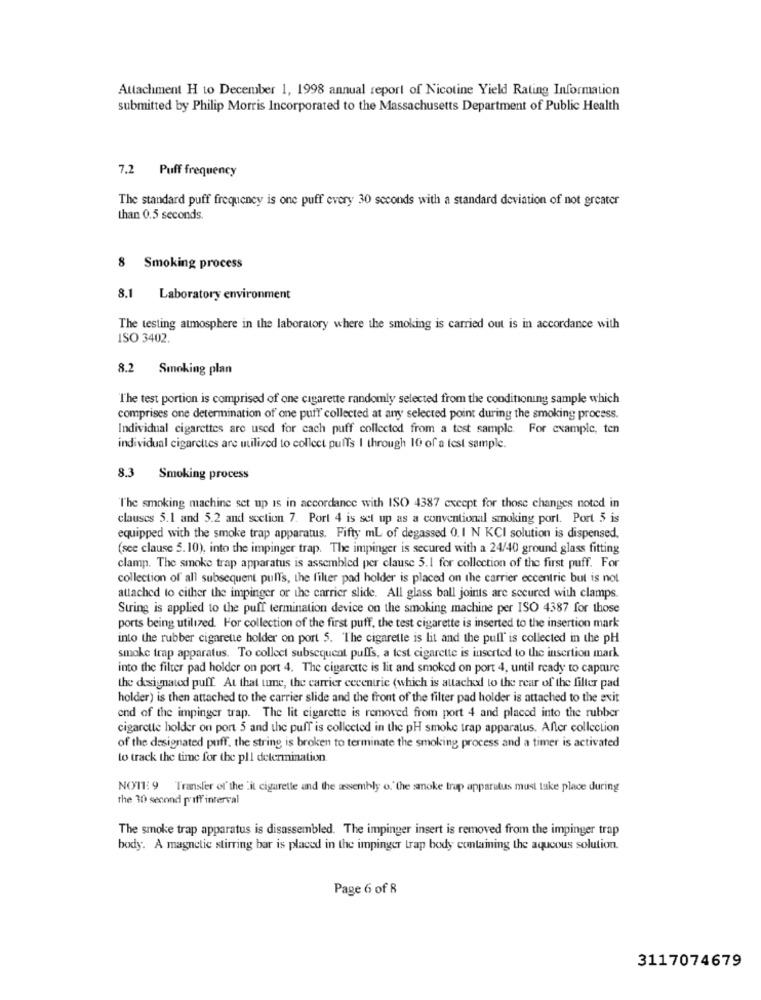
Attachment H to December 1, 1998 annual report of Nicotine Yield Rating Information
submitted by Philip Morris Incorporated to the Massachusetts Department of Public Health
7.2 Puff frequency
The standard puff frequency is one puff every 30 seconds with a standard deviation of not greater
than 0.5 seconds
8 Smoking process
8.1 Laboratory environment
The testing atmosphere in the laboratory where the smoking is carried out is in accordance with
ISO 3402.
8.2 Smoking plan
The test portion is comprised of one cigarette randomly selected from the conditioning sample which
comprises one determination of one puff collected at any selected point during the smoking process.
Individual cigarettes are used for cach puff collected from a test sample. For example, ten
individual cigarettes are utilized to collect puffs I through 10 of a test sample.
8.3 Smoking process
The smoking machine set up is in accordance with ISO 4387 except for those changes noted in
clauses 5.1 and 5.2 and section 7. Port 4 is set up as a conventional smoking port. Port 5 is
equipped with the smoke trap apparatus. Fifty ml of degassed 0.1 N KCI solution is dispensed.
(see clause 5. 10), into the impinger trap. The impinger is secured with a 24/40 ground glass fitting
clamp. The smoke trap apparatus is assembled per clause 5.1 for collection of the first puff. For
collection of all subsequent pull's, the filter pad holder is placed on the carrier eccentric but is not
attached to either the impinger or the carrier slide. All glass ball joints are secured with clamps.
String is applied to the puff termination device on the smoking machine per ISO 4387 for those
ports being utilized. For collection of the first puff, the test cigarette is inserted to the insertion mark
into the rubber cigarette holder on port 5. The cigarette is lit and the pull' is collected in the pH
smoke trap apparatus. To collect subsequent puffs, a test cigarette is inserted to the insertion mark
into the filter pad holder on port 4. The cigarette is lit and smoked on port 4, until ready to capture
the designated puff. At that ume, the carrier cecentric (which is attached to the rear of the filter pad
holder) is then attached to the carrier slide and the front of the filter pad holder is attached to the exit
end of the impinger trap. The lit cigarette is removed from port 4 and placed into the rubber
cigarette holder on port 5 and the puff is collected in the pH smoke trap apparatus. After collection
of the designated puff. the string is broken to terminate the smoking process and a timer is activated
to track the time for the pll determination.
NOTE: 9 Transfer of the .it cigarette and the assembly o.' the smoke trap apparatus must take place during
the 30 second piff interval
The smoke trap apparatus is disassembled. The impinger insert is removed from the impinger trap
body. A magnetic stirring bar is placed in the impinger trap body containing the aqueous solution.
Page 6 of 8
3117074679